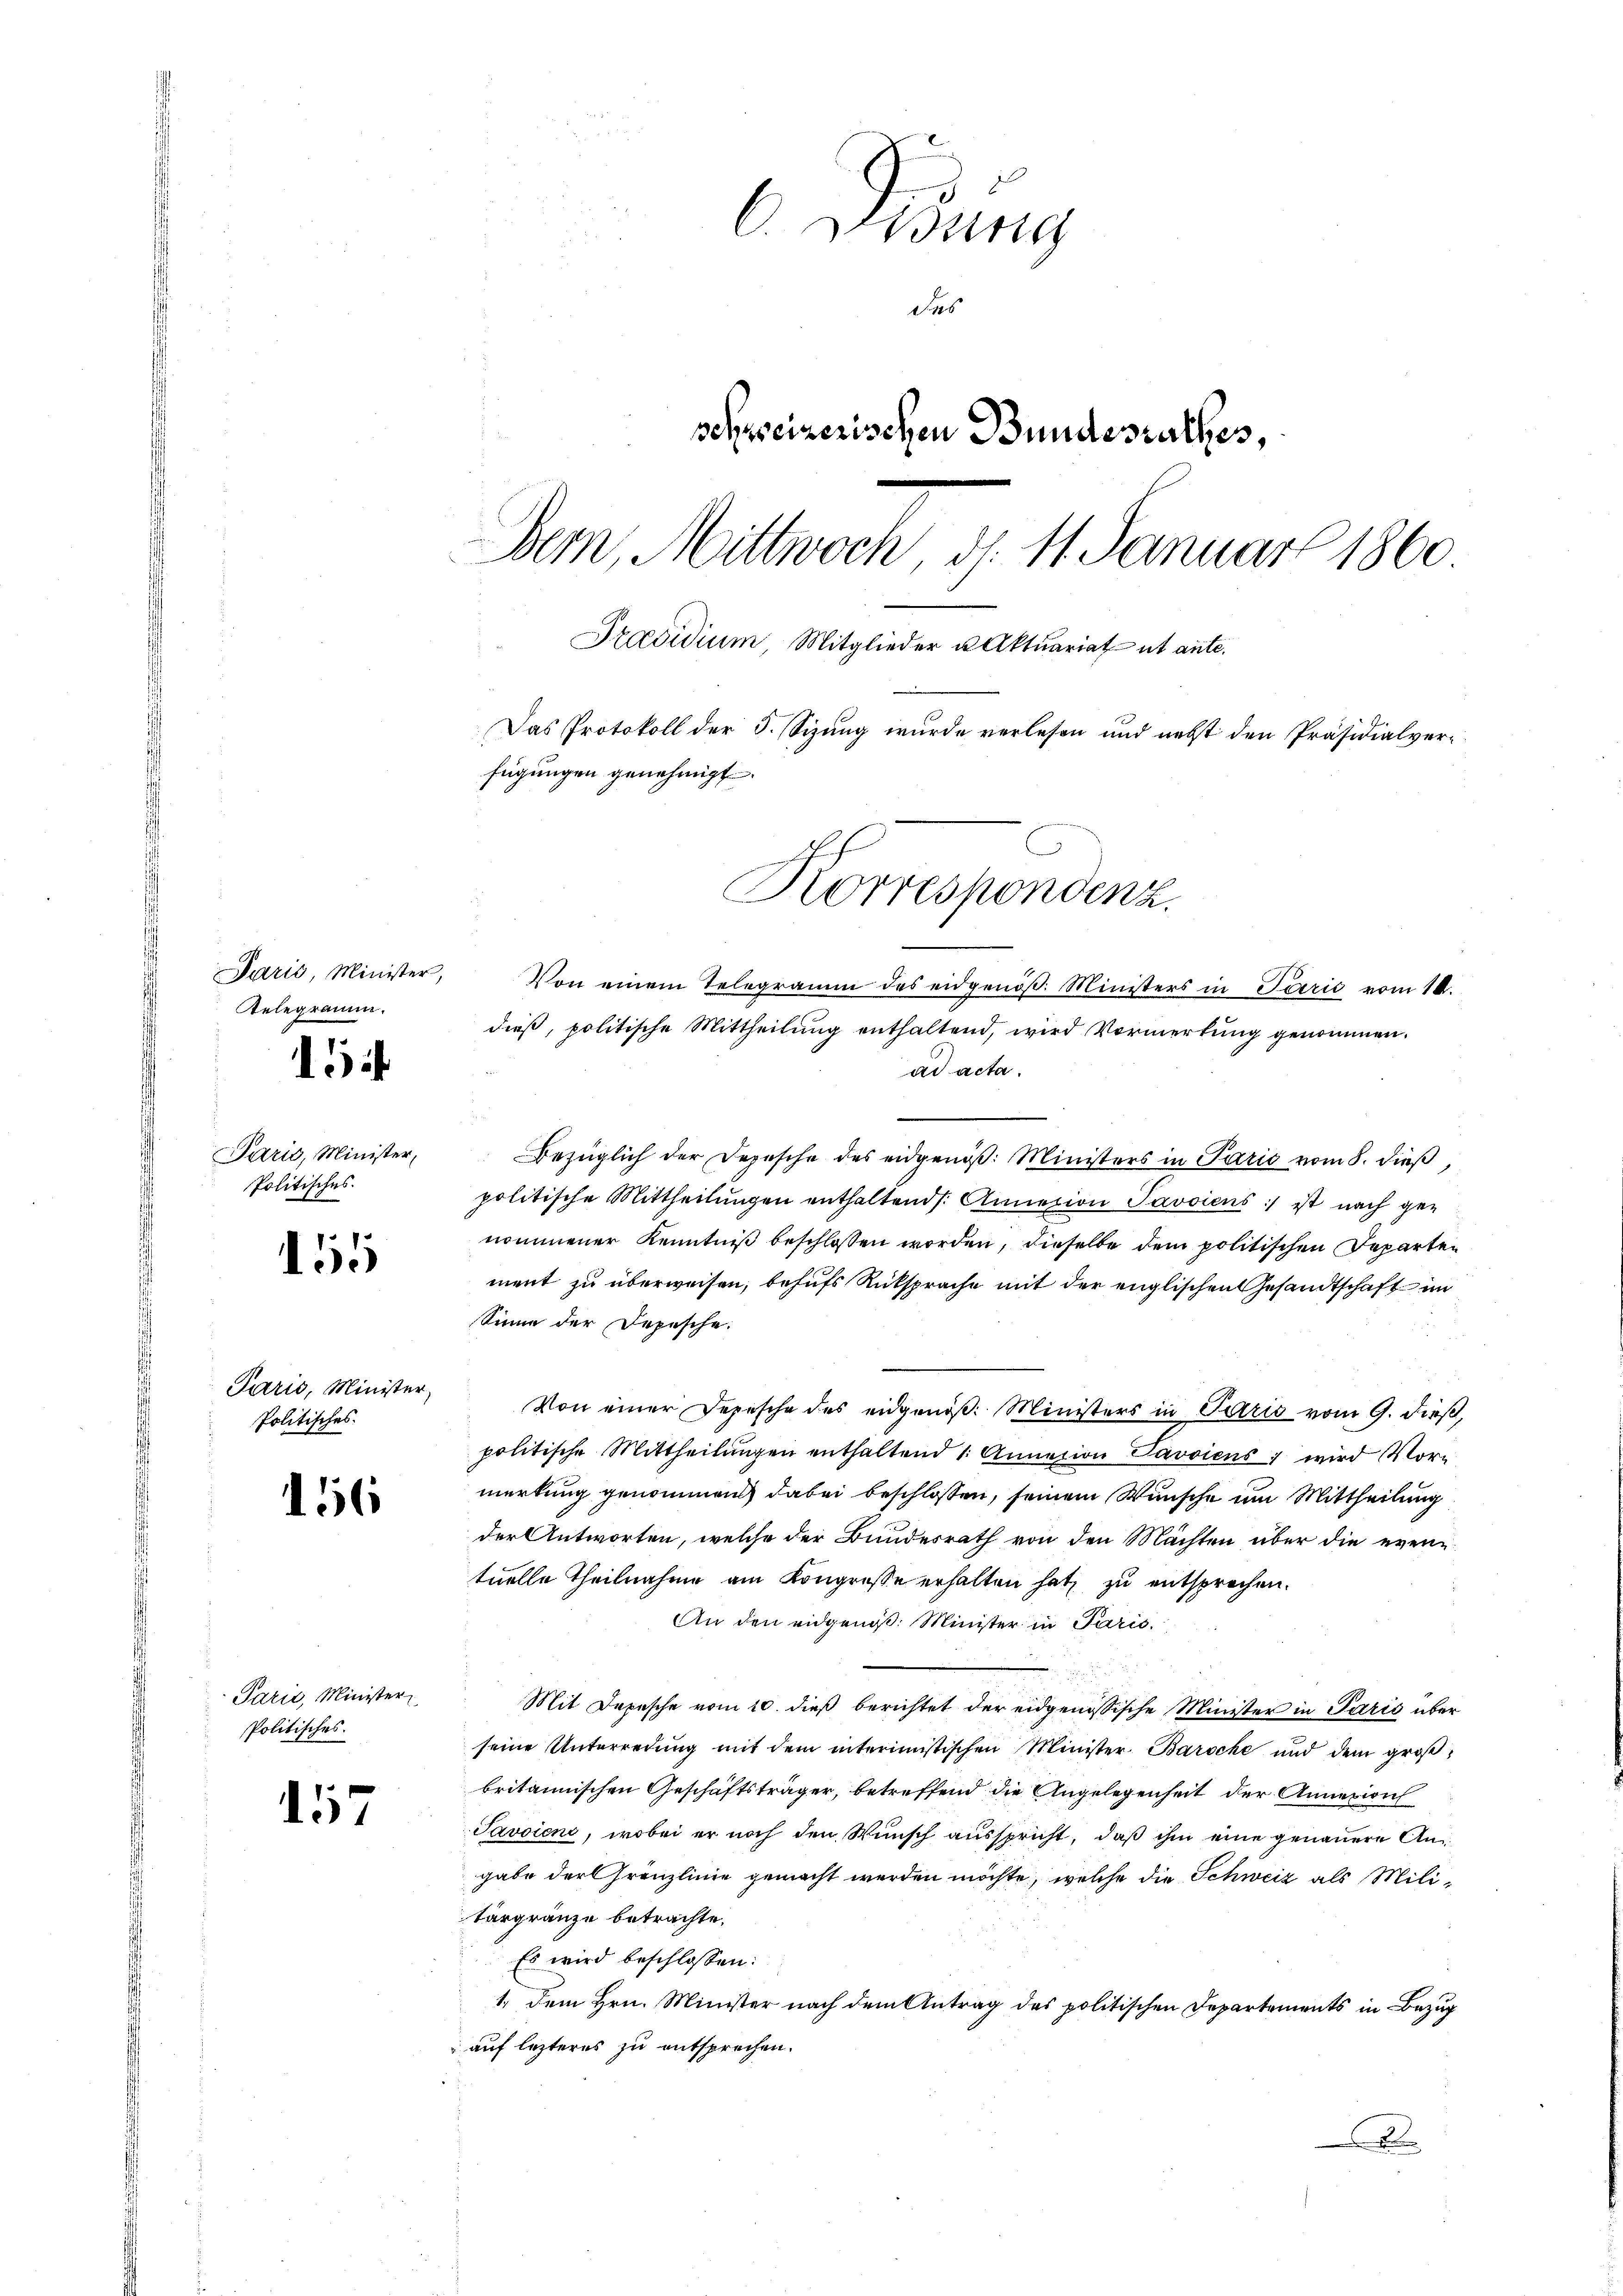
Relegramm.

15

Paris, Minister,
Politisches.

155

Paris, Minister,
Politisches.

16

Parić, Minister
Politisches.

157

C. Wenng
das
schreizerischen Bundesrathes,
Bern, Mittwoch, d. 11. Januar 1860.
Praesidium, Mitglieder u. Aktuariat ut ante.
Das Protokoll der 5. Sizung wurde verlesen und nebst den Präsidialverfügungen genehmigt.

Korrespondenz.
Paris, Minister, Von einem Telegramm des eidgenöβ. Ministers in Perić vom 10.
dieß, politische Mittheilung enthaltend, wird Vormerkung genommen.

ad acta.
e
Bezüglich der Depesche des eidgenöβ: Ministers in Paris vom 8. dieβ,
politische Mittheilŭngen enthaltend. Annexion Javviens ist nach ge-
nommener Kenntniß beschlossen worden, dieselbe dem politischen Departen
ment zu überweisen, behufs Rücksprache mit der englischen Gesandtschaft im
Sinne der Depesche.
Von einer Depesche des eidgenöß. Ministers in Patris vom 9. dieß,
politische Mittheilungen enthaltend 1. Annation Pavviens 7 wird Vormerkung genommen dabei beschlossen, seinem Wunsche um Mittheilung
der Antworten, welche der Bundesrath von den Machten über die eventuelle Theilnahme am Kongresse erhalten hat, zu entsprechen.
An den eidgenoß: Minister in Paris.
Mit Depesche vom 10. dieß berichtet der eidgenössische Minister in Paris über
seine Unterredung mit dem interimistischen Minister Baroche und dem groβ-
britannischen Geschäftsträger, betreffend die Angelegenheit der Annexion
Javviene, wobei er noch den Wunsch ausspricht, daß ihm eine genauere Angabe der Gränzlinie gemacht werden möchte, welche die Schweiz als Militergränze betrachte.
Es wird beschlossen:
1. Dem Hrn. Minister nach dem Antrag des politischen Departements in Bezug
auf lezteres zu entsprechen.
x